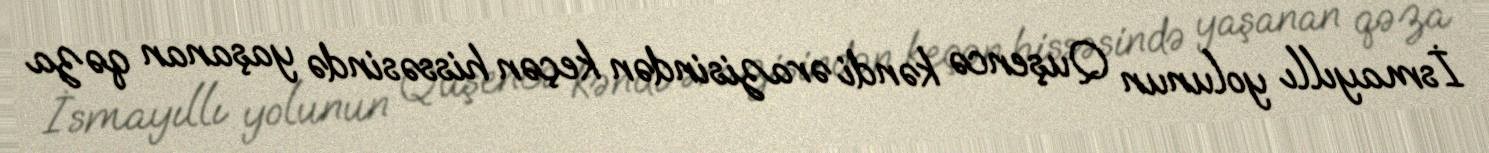
İsmayıllı yolunun Quşencə kəndi ərazisindən keçən hissəsində yaşanan qəza